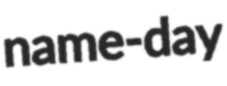
name-day